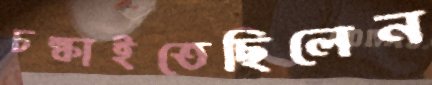
চল্‌কাইতেছিলেন